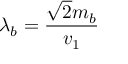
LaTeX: \lambda _ { b } = \frac { \sqrt { 2 } m _ { b } } { v _ { 1 } }